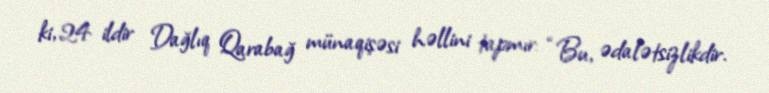
ki, 24 ildir Dağlıq Qarabağ münaqişəsi həllini tapmır: “Bu, ədalətsizlikdir.